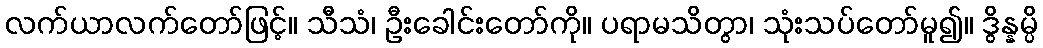
လက်ယာလက်တော်ဖြင့်။ သီသံ၊ ဦးခေါင်းတော်ကို။ ပရာမသိတွာ၊ သုံးသပ်တော်မူ၍။ ဒွိန္နမ္ပိ